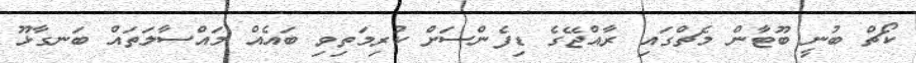
ކޯޗް ބުނީ ބޫޓާން މެޗްގައި ރާއްޖޭގެ ޑިފެންސަށް ކުރިމަތިވި ބައެއް މައްސާލަތައް ބަނގާޅޫ